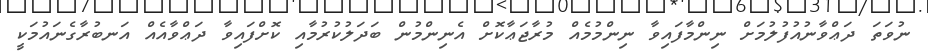
ނުވަތަ ދަޢްވާނުއުފުލުމަށް ނިންމާފައިވާ ނިންމުމެއް މުރާޖަޢާކޮށް އެނިންމުން ބަދަލުކުރުމާއި ކޮށްފައިވާ ދަޢްވާއެއް އަނބުރާގެނައުމަކީ